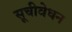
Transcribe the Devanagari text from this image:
सूचीवेधन